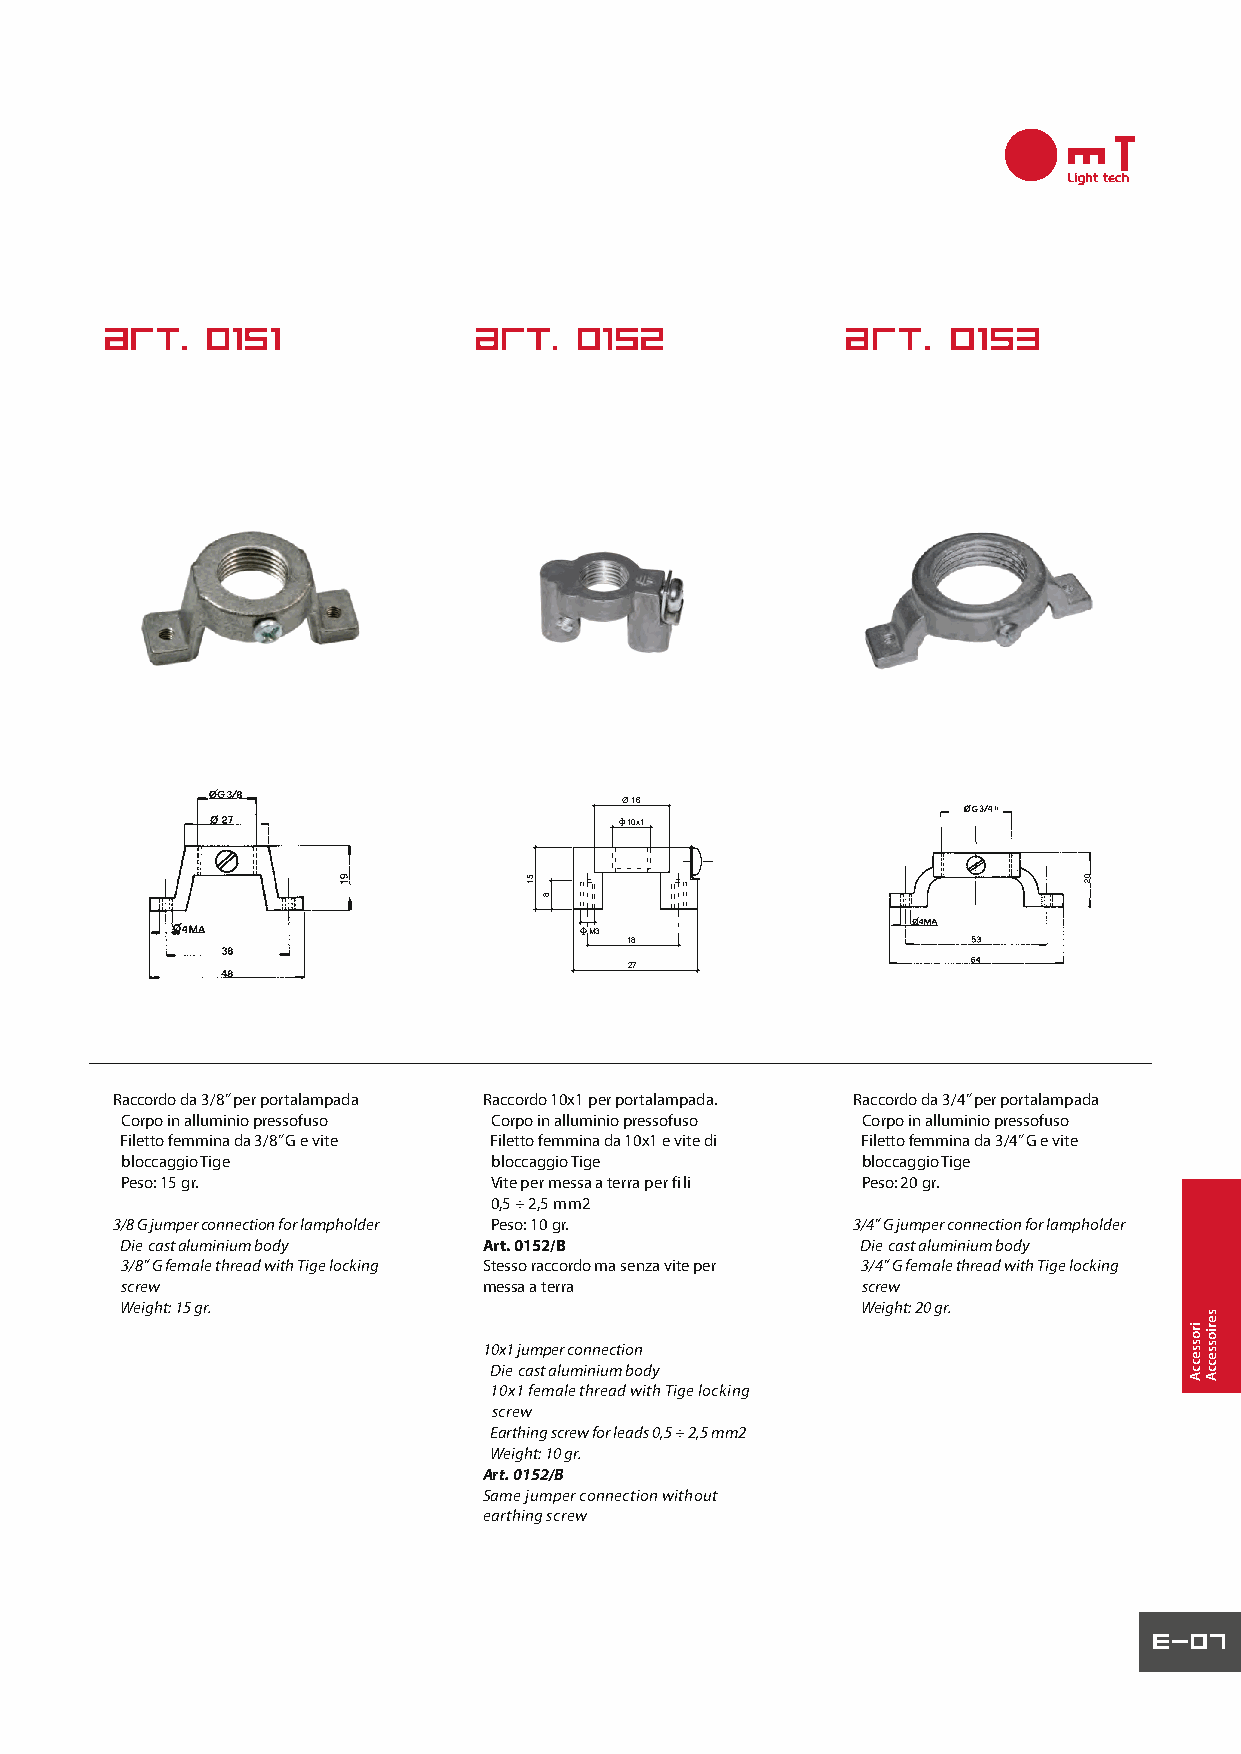
Ø 16
 10x1
 M3
 18
 27
 Raccordo da 3/8” per portalampada Raccordo 10x1 per portalampada. Raccordo da 3/4” per portalampada
 Corpo in alluminio pressofuso Corpo in alluminio pressofuso Corpo in alluminio pressofuso
 Filetto femmina da 3/8” G e vite Filetto femmina da 10x1 e vite di Filetto femmina da 3/4” G e vite
 bloccaggio Tige          bloccaggio Tige         bloccaggio Tige
 Peso: 15 gr.            V ite per messa a terra per fi li Peso: 20 gr.
 0,5 ÷ 2,5 mm2
 3/8 G jumper connection for lampholder Peso: 10 gr. 3/4” G jumper connection for lampholder
 Diecast aluminium body  Art. 0152/B              Diecast aluminium body
 3/8” G female thread with Tige locking Stesso raccordo ma senza vite per 3/4” G female thread with Tige locking
 screw                   messa a terra            screw
 Weight: 15 gr.                                   Weight: 20 gr.
 10x1 jumper connection
 Diecast aluminium body
 10x1 female thread with Tige locking
 screw
 Earthing screw for leads 0,5 ÷ 2,5 mm2
 Weight: 10 gr.
 Art. 0152/B
 Same jumper connection without
 earthing screw
 51
 8
 irosseccA
 seriosseccA